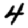
Digit: 4